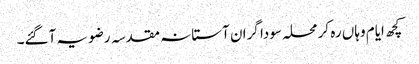
کچھ ایام وہاں رہ کر محلہ سودا گران آستانہ مقدسہ رضویہ آگئے۔